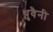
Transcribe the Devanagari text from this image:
थुवैनी